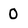
Character: O